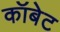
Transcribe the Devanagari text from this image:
कॉबेट